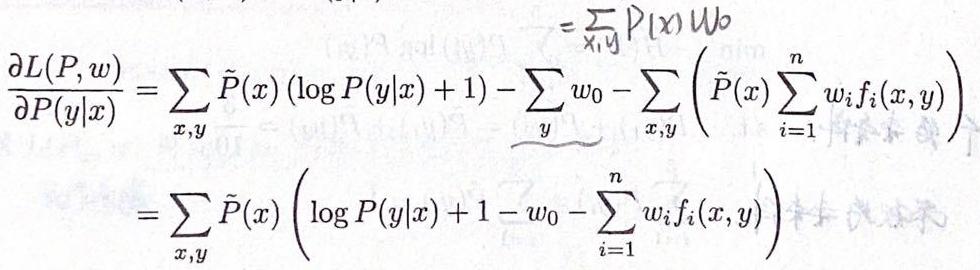
\[
\begin{align*}
\frac{\partial L(P, w)}{\partial P(y|x)}&=\sum_{x,y} \tilde{P}(x) (\log P(y|x) + 1) - \underbrace{\sum_y w_0}_{} - \sum_{x,y} \left(\tilde{P}(x) \sum_{i = 1}^n w_i f_i(x, y)\right)\\
&=\sum_{x,y} \tilde{P}(x) \left(\log P(y|x) + 1 - w_0 - \sum_{i = 1}^n w_i f_i(x, y)\right)
\end{align*}
\]